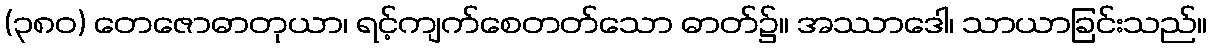
(၃၈၀) တေဇောဓာတုယာ၊ ရင့်ကျက်စေတတ်သော ဓာတ်၌။ အဿာဒေါ၊ သာယာခြင်းသည်။